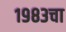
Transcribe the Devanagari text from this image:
१९८३चा